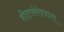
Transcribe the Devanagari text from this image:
शीतसंरोधात्